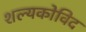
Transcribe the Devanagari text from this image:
शल्यकोविद